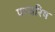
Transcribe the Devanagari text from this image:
परवरिष